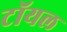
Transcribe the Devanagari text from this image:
टॉयल